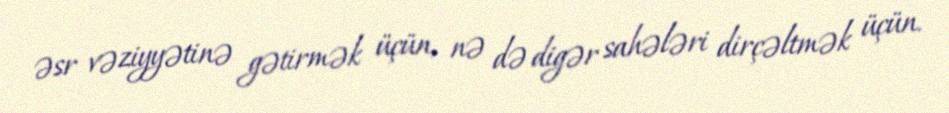
əsr vəziyyətinə gətirmək üçün, nə də digər sahələri dirçəltmək üçün.